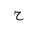
Letter: _ha